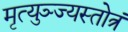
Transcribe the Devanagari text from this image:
मृत्युञ्ज्यस्तोत्रं